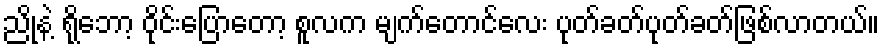
ညိုနဲ့ ရိုဘော့ ဝိုင်းပြောတော့ စူလက မျက်တောင်လေး ပုတ်ခတ်ပုတ်ခတ်ဖြစ်လာတယ်။